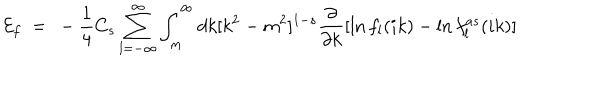
{ \cal E } _ { f } \ = \ - \frac 1 4 C _ { s } \sum _ { l = - \infty } ^ { \infty } \int _ { m } ^ { \infty } d k [ k ^ { 2 } - m ^ { 2 } ] ^ { 1 - s } \frac { \partial } { \partial k } [ \ln f _ { l } ( i k ) - \ln f _ { l } ^ { a s } ( i k ) ]